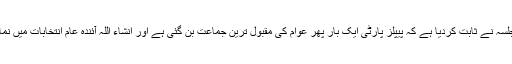
سلمان میمن نے کہا کہ حالیہ جلسہ نے ثابت کردیا ہے کہ پیپلز پارٹی ایک بار پھر عوام کی مقبول ترین جماعت بن گئی ہے اور انشاء اللہ آئندہ عام انتخابات میں نمایاں کامیابی حاصل کرے گی ۔